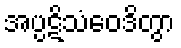
အပ္ပဋိသံဝေဒိတွာ